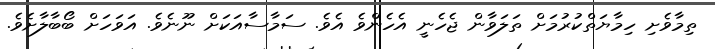
ތިމާވެށި ހިމާޔަތްކުރުމަށް ތަލަވާން ޖެހެނީ އެހެންވެ އެވެ. ސަމާސާއަކަށް ނޫނެވެ. އަވަހަށް ބޯބާލާށެވެ.